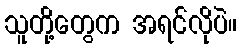
သူတို့တွေက အရင်လိုပဲ။